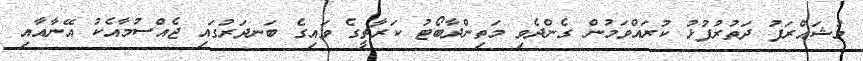
މުޝައްރަފު ދަތުރުފުޅު ކުރައްވަމުން ގެންދެވި މަތިންދާބޯޓު ކަރާޗީގެ ވައިގެ ބަނދަރުގައި ޖެއްސުމާއެކު އޭނާއާއި